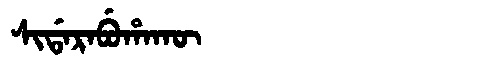
Manchu: ᠰᡳᡩᠠᡵᠠᠪᡠᡥᠠᡴᡡ
Romanization: SIDARABUHAKŪ